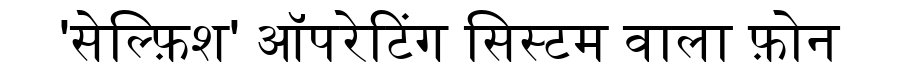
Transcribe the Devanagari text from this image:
'सेल्फ़िश' ऑपरेटिंग सिस्टम वाला फ़ोन